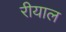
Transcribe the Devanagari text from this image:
रीयाल